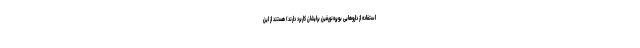
استفاده از داروهایی بوپره‌نورفین برایشان کاربرد دارند) هستند از این